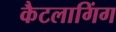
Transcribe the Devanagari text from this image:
कैटलागिंग